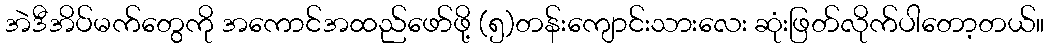
အဲဒီအိပ်မက်တွေကို အကောင်အထည်ဖော်ဖို့ (၅)တန်းကျောင်းသားလေး ဆုံးဖြတ်လိုက်ပါတော့တယ်။